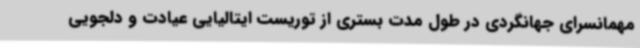
مهمانسرای جهانگردی در طول مدت بستری از توریست ایتالیایی عیادت و دلجویی